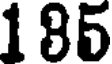
185